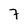
Character: 7